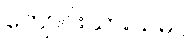
ကျောင်းသားသမဂ္ဂ